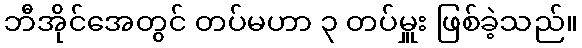
ဘီအိုင်အေတွင် တပ်မဟာ ၃ တပ်မှူး ဖြစ်ခဲ့သည်။